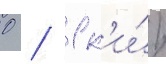
0 / 1 к'и́/